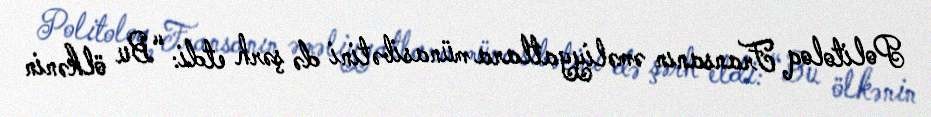
Politoloq Fransanın əməliyyatlara münasibətini də şərh etdi: “Bu ölkənin